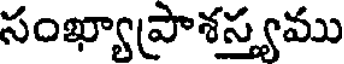
సంఖ్యాప్రాశస్త్యము